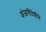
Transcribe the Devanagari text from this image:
अंजनीदेवीने